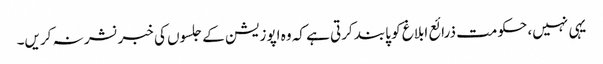
یہی نہیں، حکومت ذرائع ابلاغ کو پابند کرتی ہے کہ وہ اپوزیشن کے جلسوں کی خبر نشر نہ کریں۔